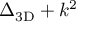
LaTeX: \Delta _ { \mathrm { 3 D } } + k ^ { 2 }